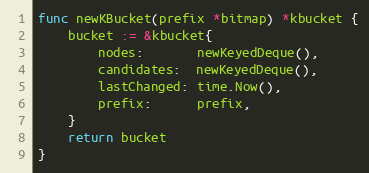
Language: Go
func newKBucket(prefix *bitmap) *kbucket {
	bucket := &kbucket{
		nodes:       newKeyedDeque(),
		candidates:  newKeyedDeque(),
		lastChanged: time.Now(),
		prefix:      prefix,
	}
	return bucket
}